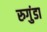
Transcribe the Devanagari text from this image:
रुगुंडा